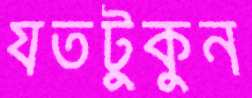
যতটুকুন